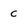
Character: C